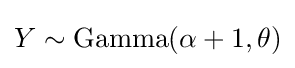
Y\sim {\text{Gamma}}(\alpha +1,\theta )